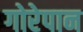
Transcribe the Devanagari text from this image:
गोरेपान